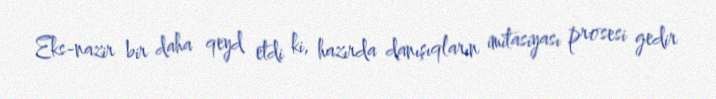
Eks-nazir bir daha qeyd etdi ki, hazırda danışıqların imitasiyası prosesi gedir